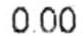
0.00